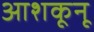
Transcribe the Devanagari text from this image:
आशकूनू